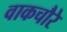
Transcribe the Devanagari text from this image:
वाकचौरे